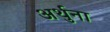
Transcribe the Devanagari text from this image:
अर्थुना